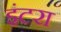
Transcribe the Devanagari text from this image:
इंटरा